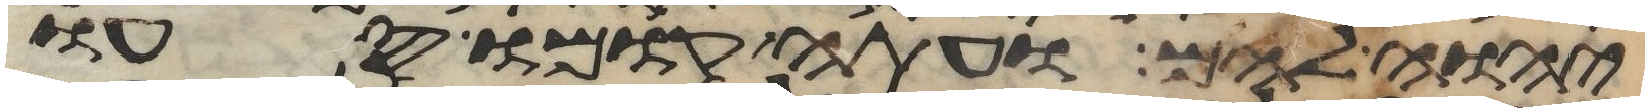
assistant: יהוה להם ועתה קומו סעו